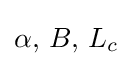
\alpha ,\,B,\,L_{c}